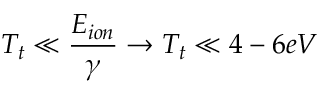
T _ { t } \ll \frac { E _ { i o n } } { \gamma } \rightarrow T _ { t } \ll 4 - 6 e V